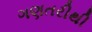
ગણતરીથી